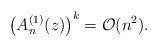
LaTeX: \begin{align*} \left( A_n^{(1)}(z) \right)^k = \mathcal{O}(n^2). \end{align*}